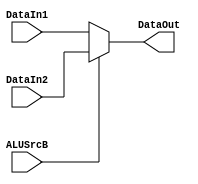
`timescale 1ns / 1ps
//////////////////////////////////////////////////////////////////////////////////
// Company: 
// Engineer: 
// 
// Design Name: 
// Module Name: Mux_TwoToOne_ForInputB
// Project Name: 
// Target Devices: 
// Tool Versions: 
// Description: 
// 
// Dependencies: 
// 
// Revision:
// Revision 0.01 - File Created
// Additional Comments:
// 
//////////////////////////////////////////////////////////////////////////////////

module Mux_TwoToOne( ALUSrcB, DataIn1, DataIn2, DataOut );

    input ALUSrcB;
    input [31:0] DataIn1;
    input [31:0] DataIn2;
    output reg [31:0] DataOut;

    always@( ALUSrcB or DataIn1 or DataIn2 ) begin
        if ( ALUSrcB == 0 )
            DataOut = DataIn1;
        else
            DataOut = DataIn2;
    end

endmodule